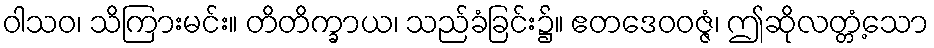
ဝါသဝ၊ သိကြားမင်း။ တိတိက္ခာယ၊ သည်ခံခြင်း၌။ ဧတဒေဝဝဇ္ဇံ၊ ဤဆိုလတ္တံ့သော